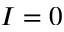
I = 0